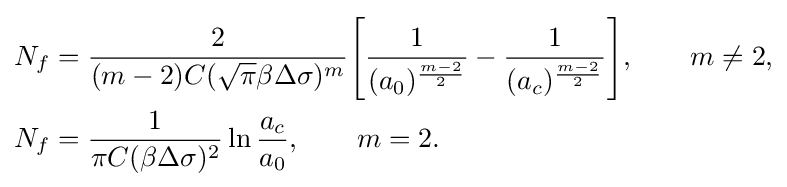
{\begin{aligned}N_{f}&={\frac {2}{(m-2)C({\sqrt {\pi }}\beta \Delta \sigma )^{m}}}{\Bigg [}{\frac {1}{(a_{0})^{\frac {m-2}{2}}}}-{\frac {1}{(a_{c})^{\frac {m-2}{2}}}}{\Bigg ]},\qquad m\neq 2,\\N_{f}&={\frac {1}{\pi C(\beta \Delta \sigma )^{2}}}\ln {\frac {a_{c}}{a_{0}}},\qquad m=2.\end{aligned}}